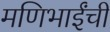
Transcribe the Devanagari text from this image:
मणिभाईंची